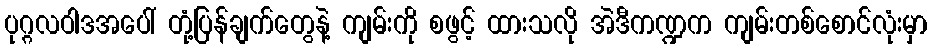
ပုဂ္ဂလဝါဒအပေါ် တုံ့ပြန်ချက်တွေနဲ့ ကျမ်းကို စဖွင့် ထားသလို အဲဒီကဏ္ဍက ကျမ်းတစ်စောင်လုံးမှာ